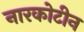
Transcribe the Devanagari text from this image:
नारकोटीन